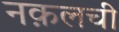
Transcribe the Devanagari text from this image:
नक़लची